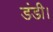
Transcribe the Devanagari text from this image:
डंडी।